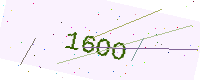
Text: 16OO